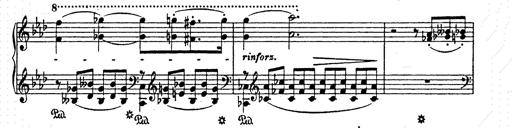
Title: AnnÃ©es de pÃ¨lerinage II
Composer: Franz Liszt